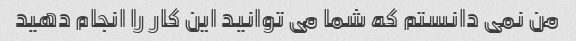
من نمی دانستم که شما می توانید این کار را انجام دهید